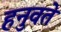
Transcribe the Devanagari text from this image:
हनुवते